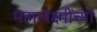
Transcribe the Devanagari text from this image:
महालक्ष्मींच्या